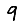
Digit: 9